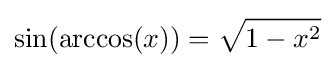
\sin(\arccos(x))={\sqrt {1-x^{2}}}